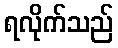
ရလိုက်သည်